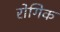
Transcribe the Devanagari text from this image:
रोगिक